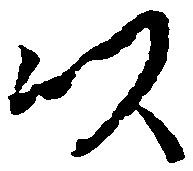
以